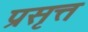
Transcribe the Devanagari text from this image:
प्रसृत्त